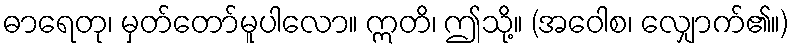
ဓာရေတု၊ မှတ်တော်မူပါလော။ ဣတိ၊ ဤသို့။ (အဝေါစ၊ လျှောက်၏။)